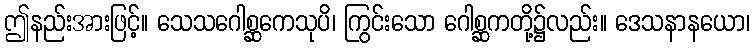
ဤနည်းအားဖြင့်။ သေသဂေါစ္ဆကေသုပိ၊ ကြွင်းသော ဂေါစ္ဆကတို့၌လည်း။ ဒေသနာနယော၊